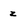
Character: z